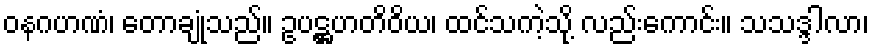
ဝနဂဟဏံ၊ တောချုံသည်။ ဥပဋ္ဌဟတိဝိယ၊ ထင်သကဲ့သို့ လည်းကောင်း။ သသဒ္ဒါလာ၊